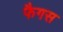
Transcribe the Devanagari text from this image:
फैगस